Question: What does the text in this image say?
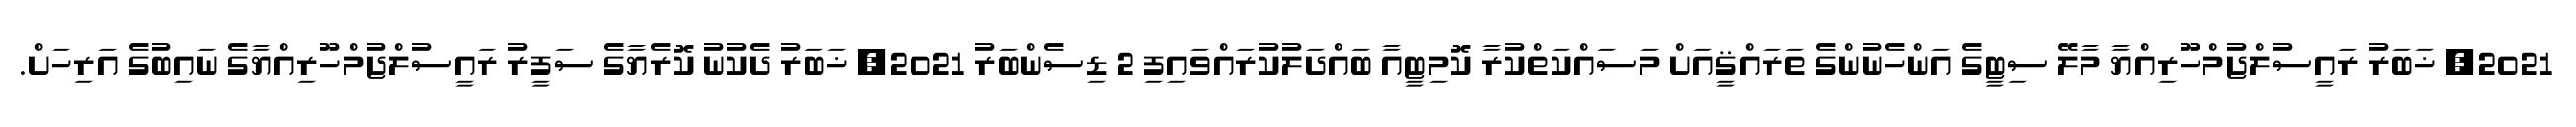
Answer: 2021, ޚަބަރު ރައީސުލްޖުމްހޫރިއްޔާ މާލޭ ސިޓީގެ އަންހެނުންގެ ތަރައްޤީއަށް މަސައްކަތްކުރާ ކޮމިޓީއާ ބައްދަލުކުރައްވައިފި 2 ޑިސެންބަރު 2021, ޚަބަރު ދެކުނު ކޮރެޔާގެ ސަފީރު ރައީސުލްޖުމްހޫރިއްޔާގެ ނައިބުގެ އަރިހަށް.